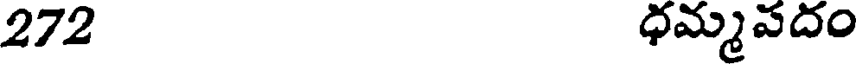
272 ధమ్మవదం